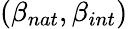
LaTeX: (\beta_{nat},\beta_{int})